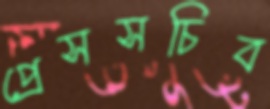
প্রেসসচিব